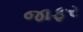
જાફર